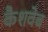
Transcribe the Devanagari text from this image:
कैशवेब